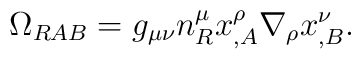
\Omega_{RAB}  =  g_{\mu\nu}n^\mu_R x^\rho_{,A}\nabla_\rho x^\nu_{,B}.